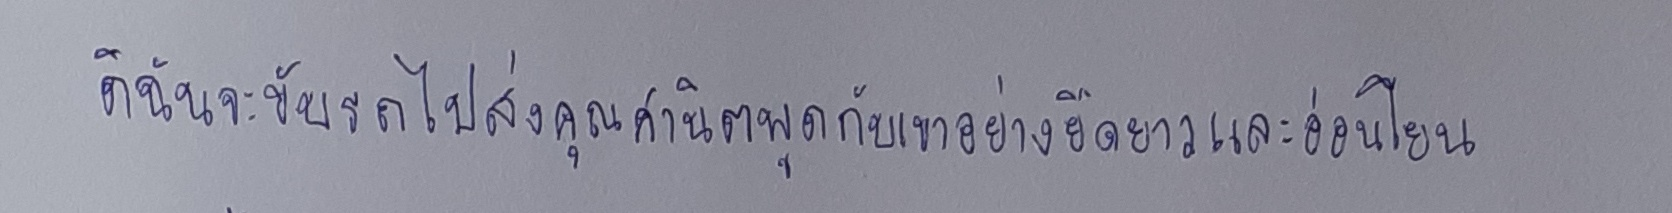
ดิฉันจะขับรถไปส่งคุณศานิตพูดกับเขาอย่างยืดยาวและอ่อนโยน